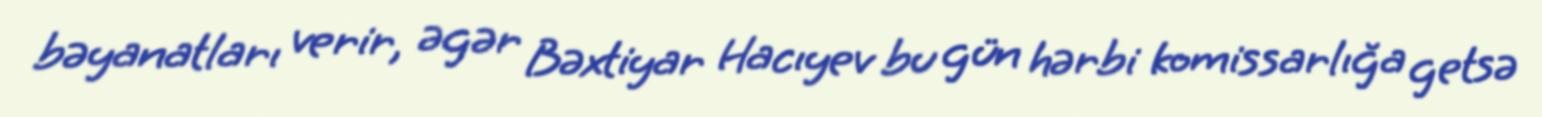
bəyanatları verir, əgər Bəxtiyar Hacıyev bu gün hərbi komissarlığa getsə